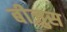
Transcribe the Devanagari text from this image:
बीज़ुस